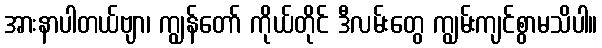
အားနာပါတယ်ဗျာ၊ ကျွန်တော် ကိုယ်တိုင် ဒီလမ်းတွေ ကျွမ်းကျင်စွာမသိပါ။